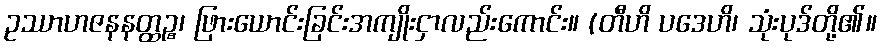
ဥဿာဟဇနနတ္ထဉ္စ၊ ဖြားယောင်းခြင်းအကျိုးငှာလည်းကောင်း။ (တီဟိ ပဒေဟိ၊ သုံးပုဒ်တို့၏။